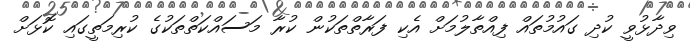
ވިދާޅުވީ ކުދި ގައުމުތައް ފިއްތާލުމަށް އެކި ފަރާތްތަކުން ކުރާ މަސައްކަތްތަކުގެ ކުރިމަތީގައި ކޮޅަށް